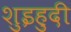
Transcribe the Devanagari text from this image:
शुइहुदी